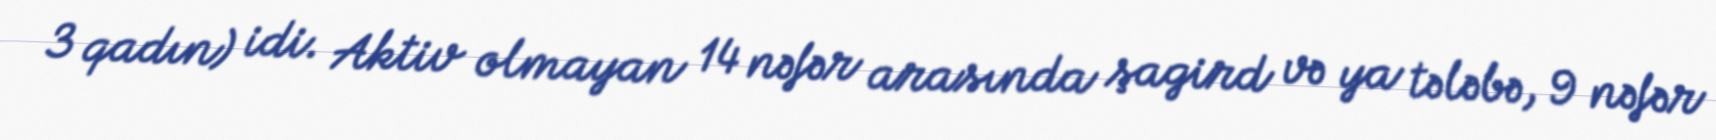
3 qadın) idi. Aktiv olmayan 14 nəfər arasında şagird və ya tələbə, 9 nəfər